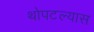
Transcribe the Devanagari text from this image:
थोपटल्यास